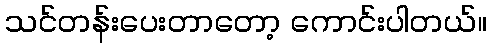
သင်တန်းပေးတာတော့ ကောင်းပါတယ်။